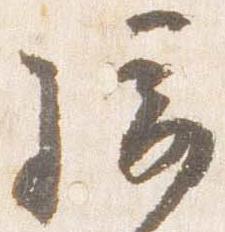
騎